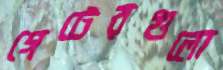
গেটেরগুলো